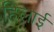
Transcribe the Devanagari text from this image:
हिलाई